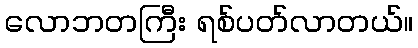
လောဘတကြီး ရစ်ပတ်လာတယ်။